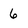
Character: 6